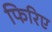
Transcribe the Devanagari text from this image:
फिरिए